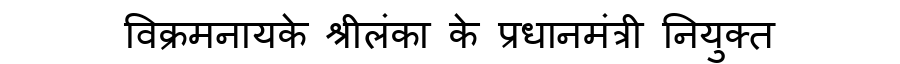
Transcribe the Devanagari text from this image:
विक्रमनायके श्रीलंका के प्रधानमंत्री नियुक्त